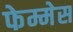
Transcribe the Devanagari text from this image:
फेम्मेस